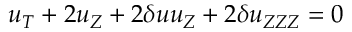
u _ { T } + 2 u _ { Z } + 2 \delta u u _ { Z } + 2 \delta u _ { Z Z Z } = 0